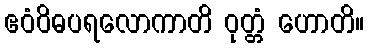
ဧဝံဝိဓပရလောကာတိ ဝုတ္တံ ဟောတိ။